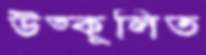
উত্কূলিত